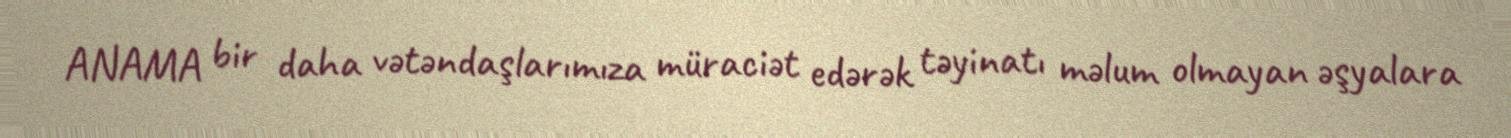
ANAMA bir daha vətəndaşlarımıza müraciət edərək təyinatı məlum olmayan əşyalara